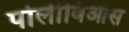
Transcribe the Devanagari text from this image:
पोलीबिआस